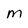
Character: M